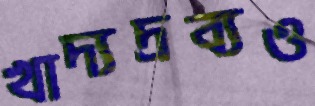
খাদ্যদ্রব্যও